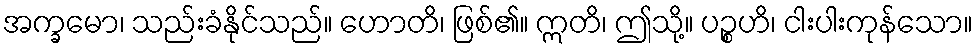
အက္ခမော၊ သည်းခံနိုင်သည်။ ဟောတိ၊ ဖြစ်၏။ ဣတိ၊ ဤသို့။ ပဉ္စဟိ၊ ငါးပါးကုန်သော။